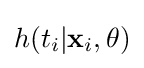
h(t_{i}|\mathbf {x} _{i},\mathbf {\theta } )